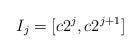
LaTeX: \begin{align*}I_j = [c 2^j, c2^{j+1}]\end{align*}